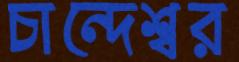
চান্দেশ্বর